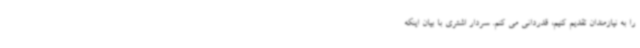
را به نیازمندان تقدیم کنیم، قدردانی می کنم. سردار اشتری با بیان اینکه